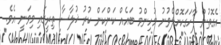
އެގޮތުން ފާހަގަކޮށްލެވުނު މުހިންމު ބައެއް ކަންކަން ކުރު ޚުލާސާ ތިރީގައި މިވަނީ އެވެ.